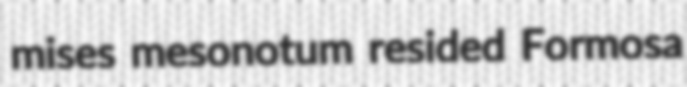
mises mesonotum resided Formosa